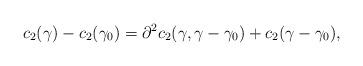
LaTeX: \begin{align*}c_2(\gamma) - c_2(\gamma_0) = \partial^2c_2(\gamma,\gamma-\gamma_0) + c_2(\gamma-\gamma_0),\end{align*}